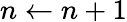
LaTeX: n\leftarrow n+1